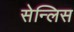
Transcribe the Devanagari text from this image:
सेन्लिस